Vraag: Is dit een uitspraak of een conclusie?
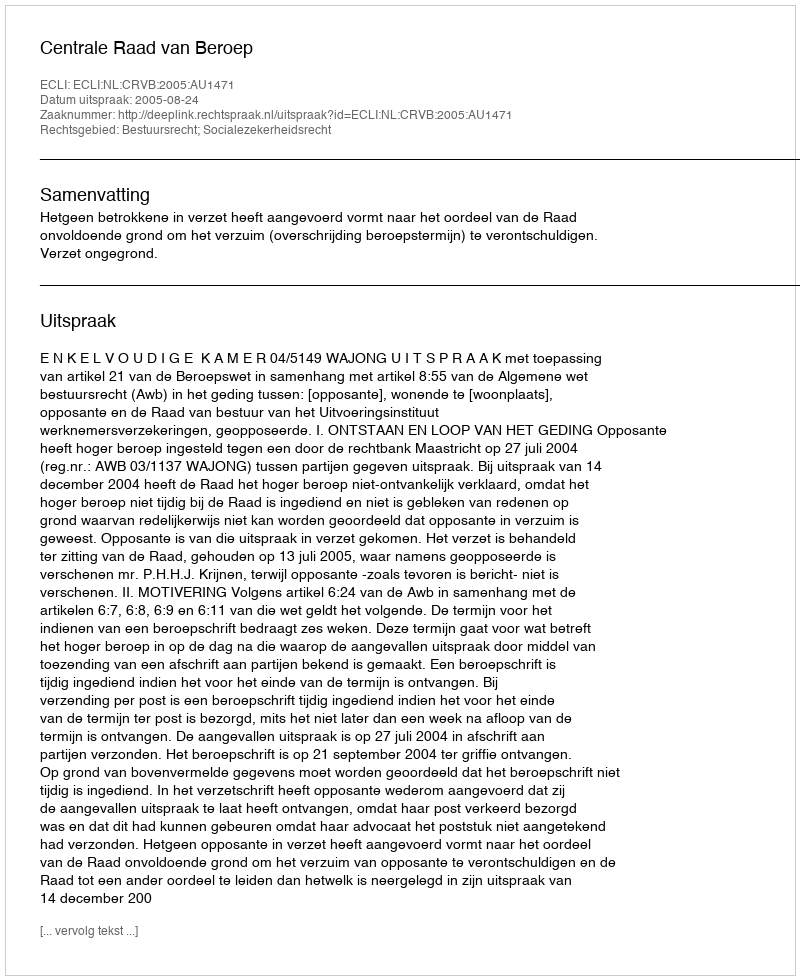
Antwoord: Uitspraak